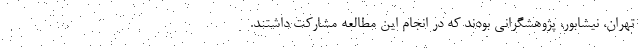
تهران، نیشابور، پژوهشگرانی بودند که در انجام این مطالعه مشارکت داشتند.